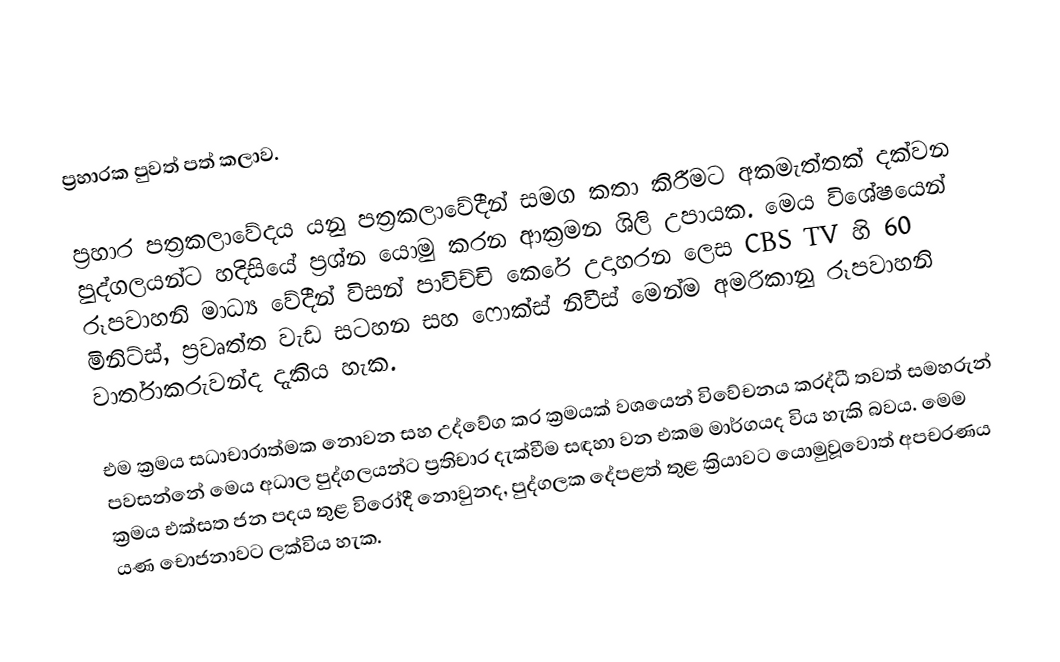
ප්‍රහාරක පුවත් පත් කලාව.

ප්‍රහාර පත්‍රකලාවේදය යනු පත්‍රකලාවේදීන් සමග කතා කිරීමට අකමැත්තක් දක්වන පුද්ගලයන්ට හදිසියේ ප්‍රශ්න යොමු කරන ආක්‍රමන ශිලි උපායක. මෙය විශේෂයෙන් රූපවාහනි මාධ්‍ය වේදීන් විසන් පාවිච්චි කෙරේ උදාහරන ලෙස  CBS TV හි 60 මිනිට්ස්, ප්‍රවෘත්ත වැඩ සටහන සහ ෆොක්ස් නිවීස් මෙන්ම අමරිකානු රූපවාහනි  වාර්තාකරුවන්ද දැකිය හැක.

එම ක්‍රමය සධාචාරාත්මක නොවන සහ උද්වේග කර ක්‍රමයක් වශයෙන් විවේචනය කරද්ධී තවත් සමහරුන් පවසන්නේ මෙය අධාල පුද්ගලයන්ට ප්‍රතිචාර දැක්වීම සඳහා වන එකම මාර්ගයද විය හැකි බවය. මෙම ක්‍රමය එක්සත ජන පදය තුළ විරෝදී නොවුනද, පුද්ගලක දේපළත් තුළ ක්‍රියාවට යොමුවූවොත් අපචරණය යණ චොජනාවට ලක්විය හැක.